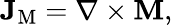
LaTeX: \mathbf{J}_{\mathrm{M}}=\nabla\times\mathbf{M},